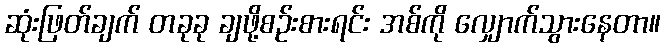
ဆုံးဖြတ်ချက် တခုခု ချဖို့စဉ်းစားရင်း အစ်ကို လျှောက်သွားနေတာ။